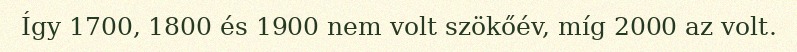
Így 1700, 1800 és 1900 nem volt szökőév, míg 2000 az volt.